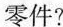
零件?